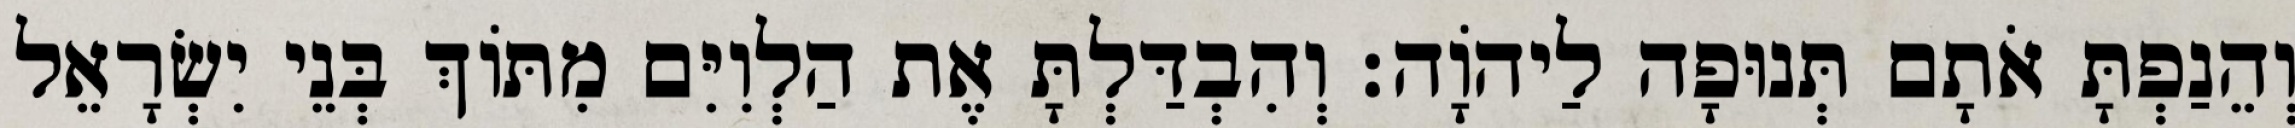
וְהֵנַפְתָּ אֹתָם תְּנוּפָה לַיהוָֹה׃ וְהִבְדַּלְתָּ אֶת הַלְוִיִּם מִתּוֹךְ בְּנֵי יִשְׂרָאֵל